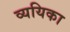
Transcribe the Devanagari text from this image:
व्ययिका